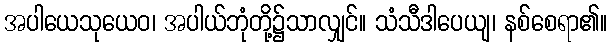
အပါယေသုယေဝ၊ အပါယ်ဘုံတို့၌သာလျှင်။ သံသီဒါပေယျ၊ နစ်စေရာ၏။